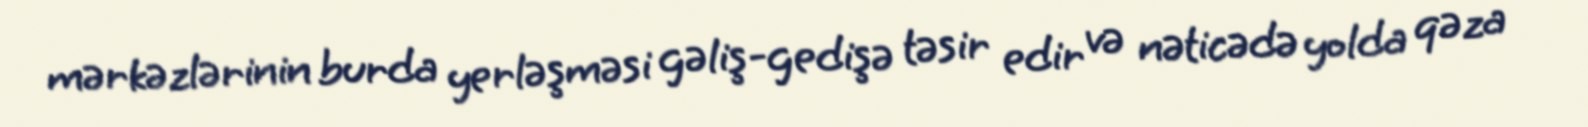
mərkəzlərinin burda yerləşməsi gəliş-gedişə təsir edir və nəticədə yolda qəza